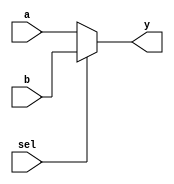
module mux_2to1 (
    input wire a,      // Input A
    input wire b,      // Input B
    input wire sel,    // Select signal
    output reg y       // Output
);

// Combinational logic using procedural assignment
always @(*) begin
    if (sel) begin
        y = b;        // If sel is high, output B
    end else begin
        y = a;        // If sel is low, output A
    end
end

endmodule